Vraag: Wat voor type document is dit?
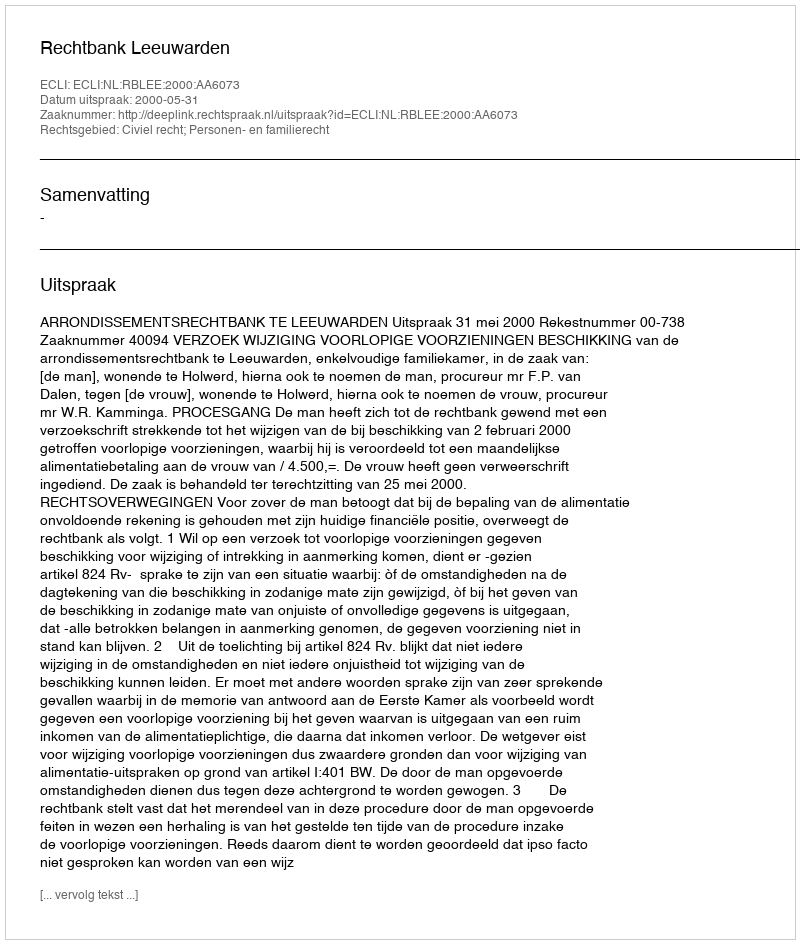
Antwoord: Uitspraak